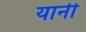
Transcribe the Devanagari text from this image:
यानी